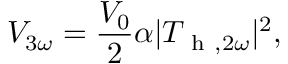
V _ { 3 \omega } = \frac { V _ { 0 } } { 2 } \alpha | T _ { \mathrm { ~ h ~ } , 2 \omega } | ^ { 2 } { , }